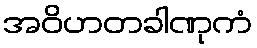
အဝိဟတခါဏုကံ